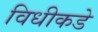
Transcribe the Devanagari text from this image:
विधीकडे